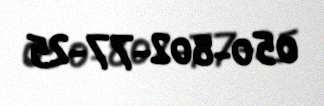
050-802-77-25